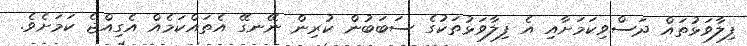
ފިލާވަޅުތައް ދަސްވިކަމަށާއި އެ ފިލާވަޅުތަކުގެ ސަބަބުން ކުރިން ނޭނގޭ އެތައްކަމެއް އެގިއްޖެ ކަމަށެވެ.